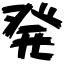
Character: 発